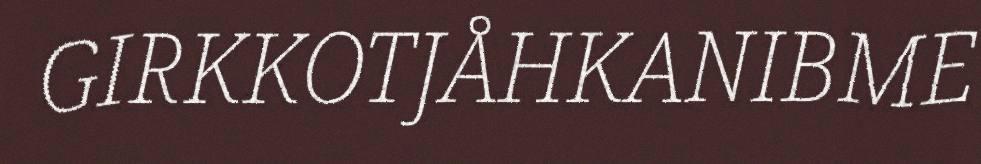
GIRKKOTJÅHKANIBME